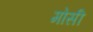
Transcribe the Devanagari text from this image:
मोसी